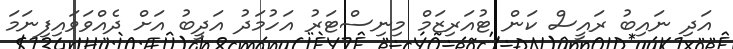
އަދި ނައިބު ރައީސް ކަން ޓުއަރިޒަމް މިނިސްޓަރު އަހުމަދު އަދީބު އަށް ދެއްވަވައިފިނަމަ